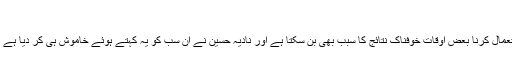
“
اس طرح کے تمام غیر اخلاقی الفاظ استعمال کرنا بعض اوقات خوفناک نتائج کا سبب بھی بن سکتا ہے اور نادیہ حسین نے ان سب کو یہ کہتے ہوئے خاموش ہی کر دیا ہے کہ ”جب بولو اچھا بولو، ورنہ مت بولو۔